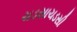
ચડસાચડસી